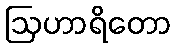
ဩဟာရိတော